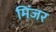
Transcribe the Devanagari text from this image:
मिंजर